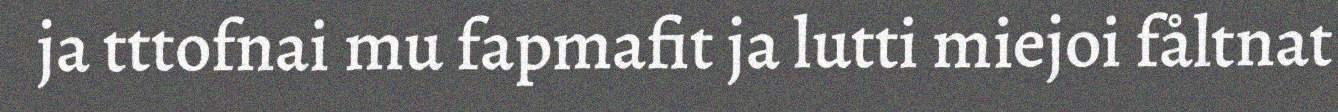
ja tttofnai mu fapmafit ja lutti miejoi fåltnat